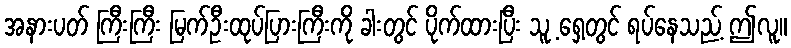
အနားပတ် ကြီးကြီး မြက်ဦးထုပ်ပြားကြီးကို ခါးတွင် ပိုက်ထားပြီး သူ့ ရှေ့တွင် ရပ်နေသည့် ဤလူ။